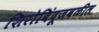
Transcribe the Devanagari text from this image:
शिरोबिंदूजवळील